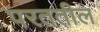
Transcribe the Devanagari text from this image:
परततील